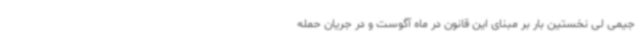
جیمی لی نخستین بار بر مبنای این قانون در ماه آگوست و در جریان حمله